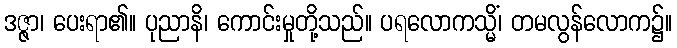
ဒဇ္ဇာ၊ ပေးရာ၏။ ပုညာနိ၊ ကောင်းမှုတို့သည်။ ပရလောကသ္မိံ၊ တမလွန်လောက၌။